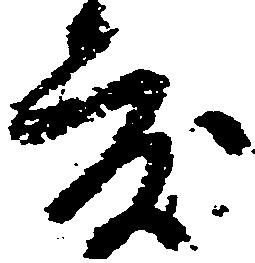
度